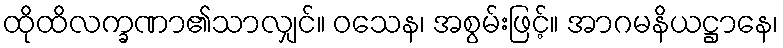
ထိုထိလက္ခဏာ၏သာလျှင်။ ဝသေန၊ အစွမ်းဖြင့်။ အာဂမနိယဋ္ဌာနေ၊